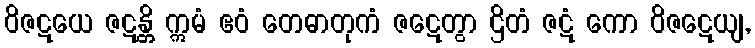
ဝိဇဋယေ ဇဋန္တိ ဣမံ ဧဝံ တေဓာတုကံ ဇဋေတွာ ဌိတံ ဇဋံ ကော ဝိဇဋေယျ,